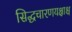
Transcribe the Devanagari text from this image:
सिद्धचारणयक्षाश्च